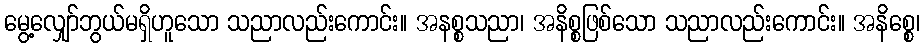
မွေ့လျှော်ဘွယ်မရှိဟူသော သညာလည်းကောင်း။ အနစ္စသညာ၊ အနိစ္စဖြစ်သော သညာလည်းကောင်း။ အနိစ္စေ၊